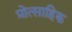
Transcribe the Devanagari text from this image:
प्रोत्साहिक